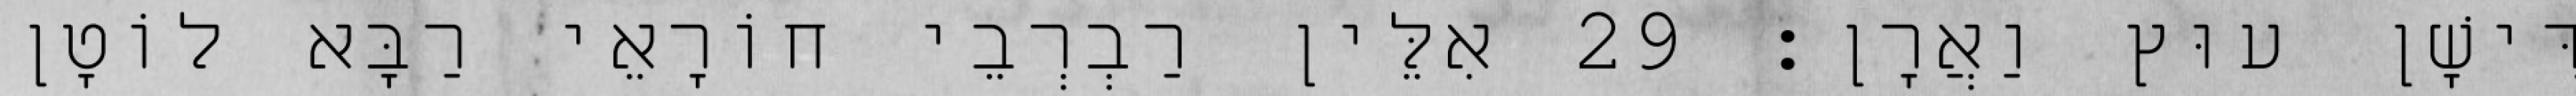
דִּישָׁן עוּץ וַאֲרָן׃ 29 אִלֵּין רַבְרְבֵי חוֹרָאֵי רַבָּא לוֹטָן